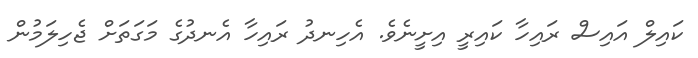
ކައިލް އައިސް ރައިހާ ކައިރީ އިށީނެވެ. އެހިނދު ރައިހާ އެނދުގެ މަގަތަށް ޖެހިލަމުން